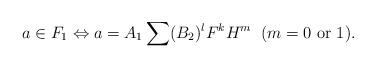
LaTeX: \begin{align*}a \in F_1 \Leftrightarrow a = A_1 \sum(B_2)^l F^k H^m \; \; (m=0 \hbox{ or } 1).\end{align*}